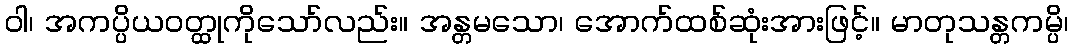
ဝါ၊ အကပ္ပိယဝတ္ထုကိုသော်လည်း။ အန္တမသော၊ အောက်ထစ်ဆုံးအားဖြင့်။ မာတုသန္တကမ္ပိ၊